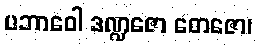
ပဘာဝေါ ဒဏ္ဍဇော တေဇော၊